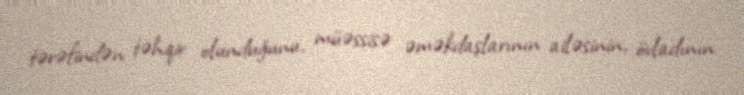
tərəfindən təhqir olunduğunu, müəssisə əməkdaşlarının ailəsinin, övladının